Document type: Testament
Year: 1300
Scribe: Bonanat d'Esparreguera
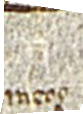
meos